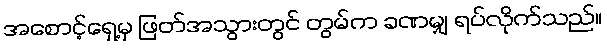
အစောင့်ရှေ့မှ ဖြတ်အသွားတွင် တွမ်က ခဏမျှ ရပ်လိုက်သည်။